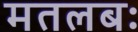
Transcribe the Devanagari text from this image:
मतलबः